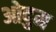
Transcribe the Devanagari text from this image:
ओदुम